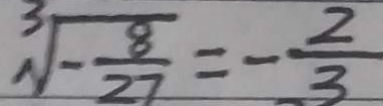
\sqrt [ 3 ] { - \frac { 8 } { 2 7 } } = - \frac { 2 } { 3 }